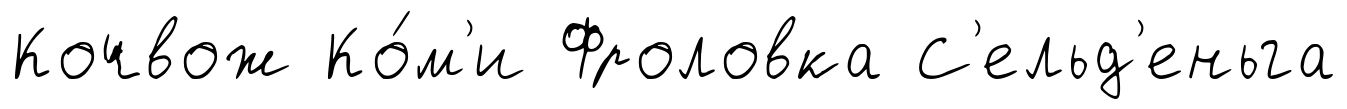
Кочвож Ко́м'и Фроловка С'ельд'еньга